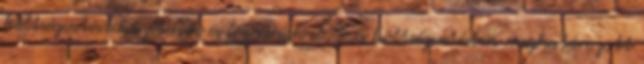
költségvetést készítenek és fogadnak el, b. a költségvetésben meghatározott